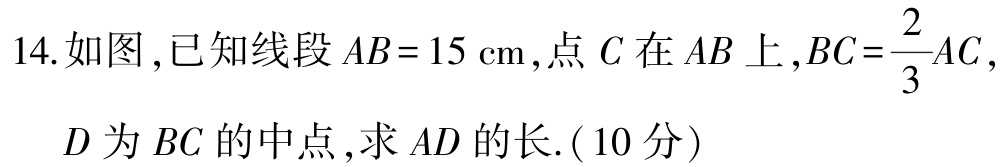
14. 如图,已知线段\(AB = 15\mathrm{cm}\),点\(C\)在\(AB\)上,\(BC=\frac{2}{3}AC\),
\(D\)为\(BC\)的中点,求\(AD\)的长.(10分)